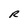
Character: R